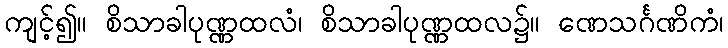
ကျင့်၍။ စိသာခါပုဏ္ဏထလံ၊ စိသာခါပုဏ္ဏထလ၌။ ဏေသင်္ဂဏိကံ၊